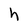
Character: h